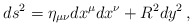
\begin{align*}ds^2 = \eta_{\mu\nu} dx^\mu dx^\nu + R^2 dy^2 \, ,\end{align*}